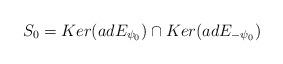
LaTeX: \begin{align*}S_0=Ker(adE_{\psi_0})\cap Ker(adE_{-\psi_0})\end{align*}